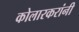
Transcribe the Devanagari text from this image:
कोलारकरांनी